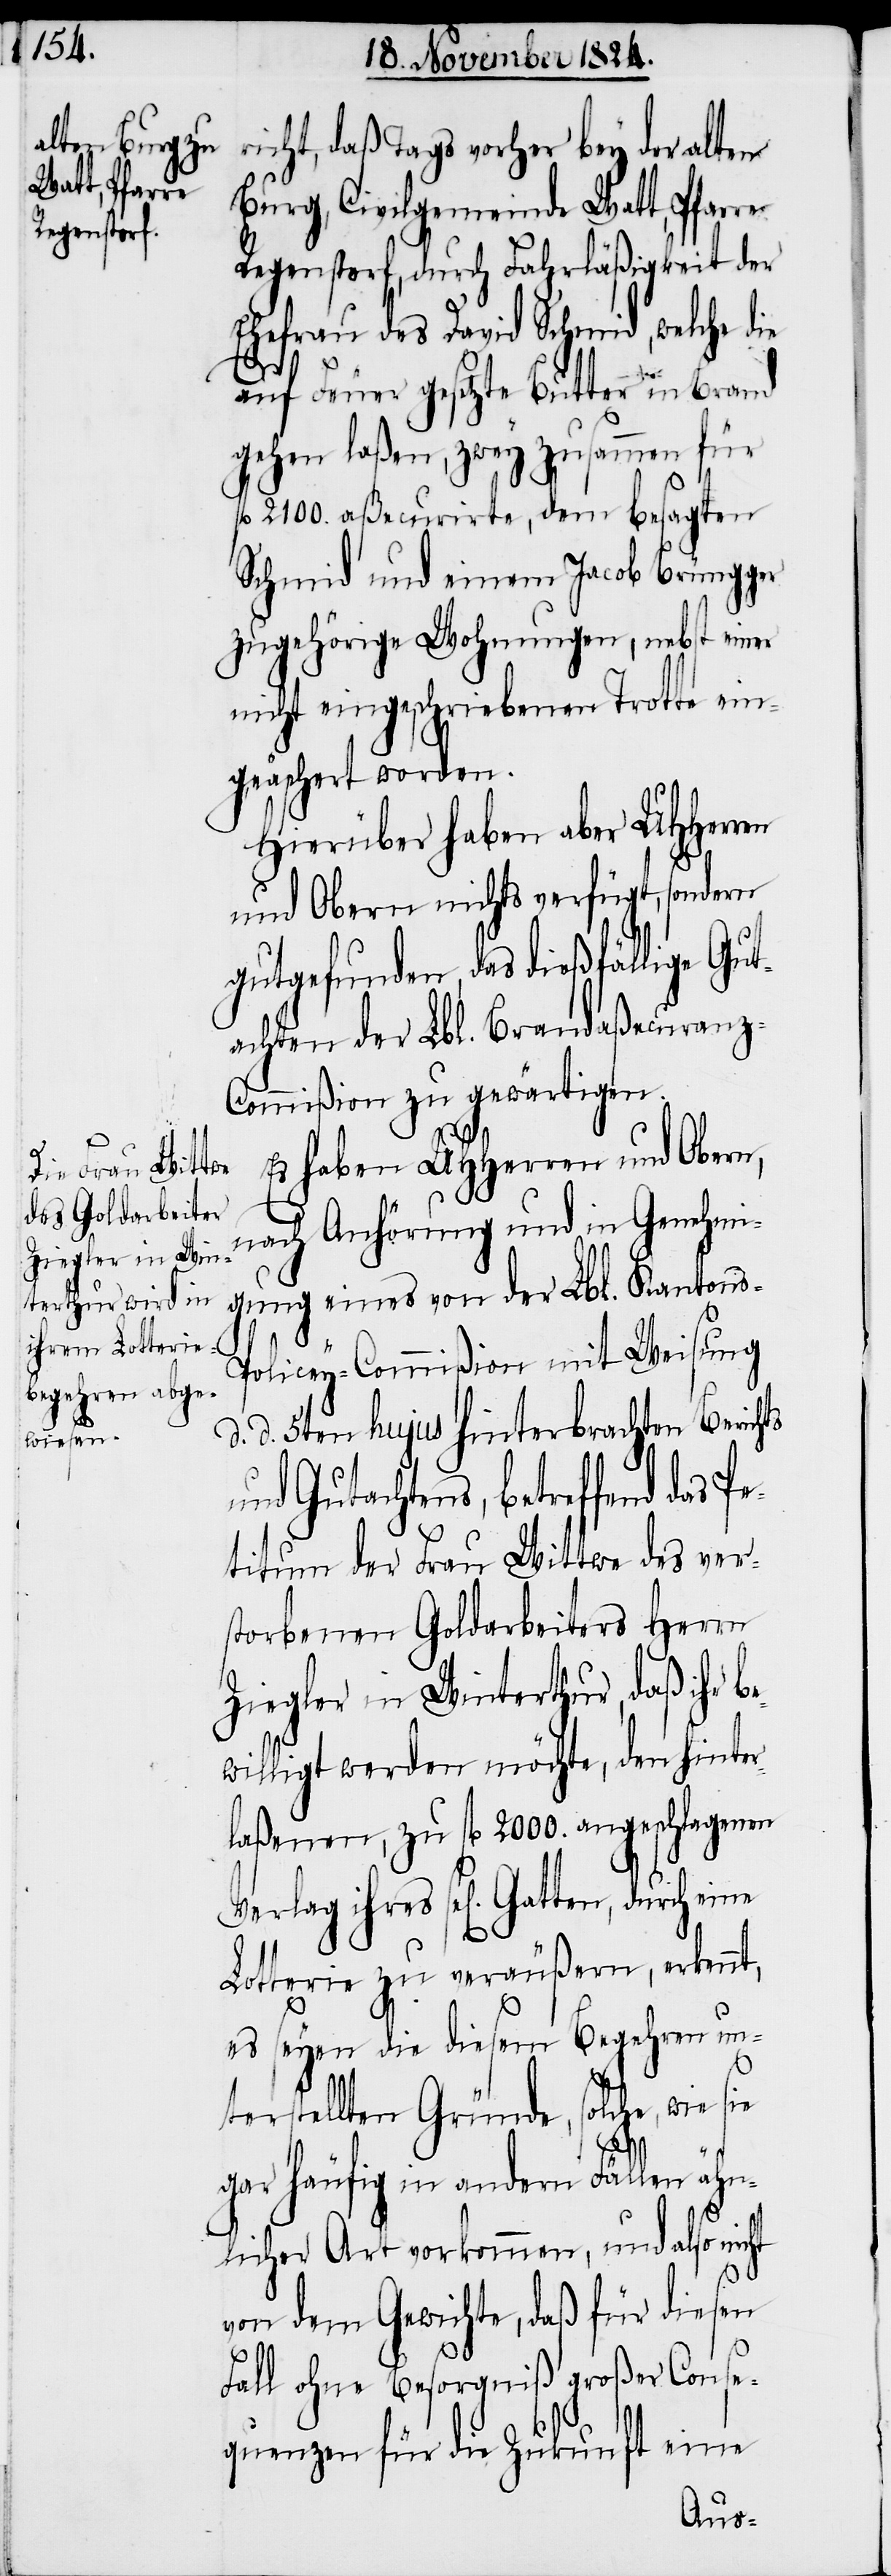
richt, daß Tags vorher bey der alten
Burg, Civilgemeinde Watt, Pfarre
Regenstorf, durch Fahrläßigkeit der
Ehefrau des David Schmid, welche die
Gatten,
auf Feuer gesetzte Butter in Brand
gehen laßen, zwey zusammen für
l. 2100. aßecurirte, dem besagten
Schmid und einem Jacob Brüngger
zugehörige Wohnungen, nebst einer
nicht eingeschriebenen Trotte ein¬
geäschert worden.
Hierüber haben aber UHHerren
und Obern nichts verfügt, sondern
gutgefunden, das dießfällige Gut¬
achten der Lbl. Brandaßecuran¬
z-Commißion zu gewärtigen.
e¬
Es haben UHHerren und Obern,
nach Anhörung und in Genehmi¬
gung eines von der Lbl. Kantons-P¬
olicey-Commißion mit Weisung
d. d. 5ten hujus hinterbrachten Berichts
und Gutachtens, betreffend das P¬
etitum der Frau Wittwe des ver¬
storbenen Goldarbeiters Herrn
Ziegler in Winterthur, daß ihr b¬
willigt werden möchte, den hinter¬
laßenen, zu fl. 2000. angeschlagenen
Lotterie zu veräußern, erkennt,
es seyen die diesem Begehren un¬
terstellten Gründe, solche, wie
gar häufig in andern Fällen ähn¬
licher Art vorkommen, und also nicht
von dem Gewichte, daß für diesen
Fall ohne Besorgniß großer Conse¬
quenzen für die Zukunft eine